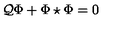
{ \cal Q } \Phi + \Phi \star \Phi = 0